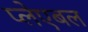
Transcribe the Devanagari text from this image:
प्लेएबल